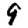
Digit: 9